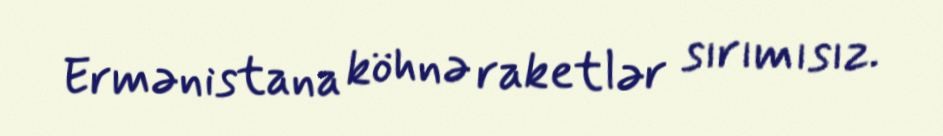
Ermənistana köhnə raketlər sırımısız.